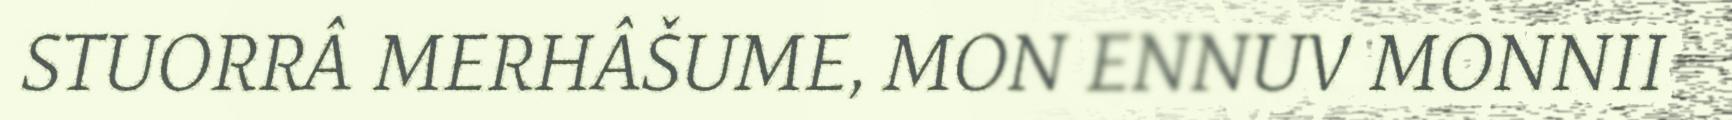
STUORRÂ MERHÂŠUME, MON ENNUV MONNII